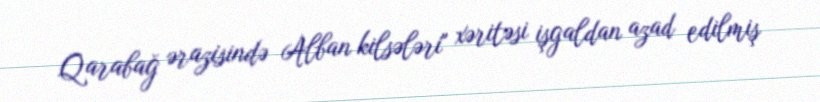
Qarabağ ərazisində Alban kilsələri" xəritəsi işgaldan azad edilmiş